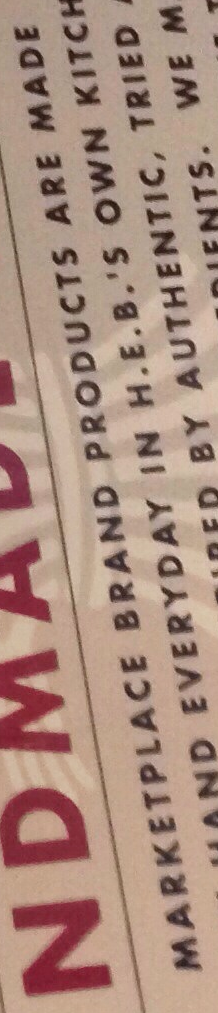
MARKETPLACE BRAND PRODUCTS ARE MADE